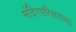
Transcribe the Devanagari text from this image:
मंदिरपरिसराच्या